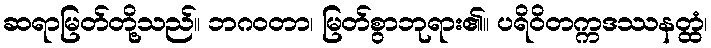
ဆရာမြတ်တို့သည်။ ဘဂဝတာ၊ မြတ်စွာဘုရား၏။ ပရိဝိတက္ကဒဿနတ္ထံ၊